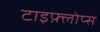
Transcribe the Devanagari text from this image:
टाइफ़्लोप्स